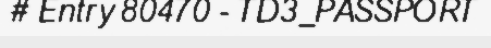
# Entry 80470 - TD3_PASSPORT